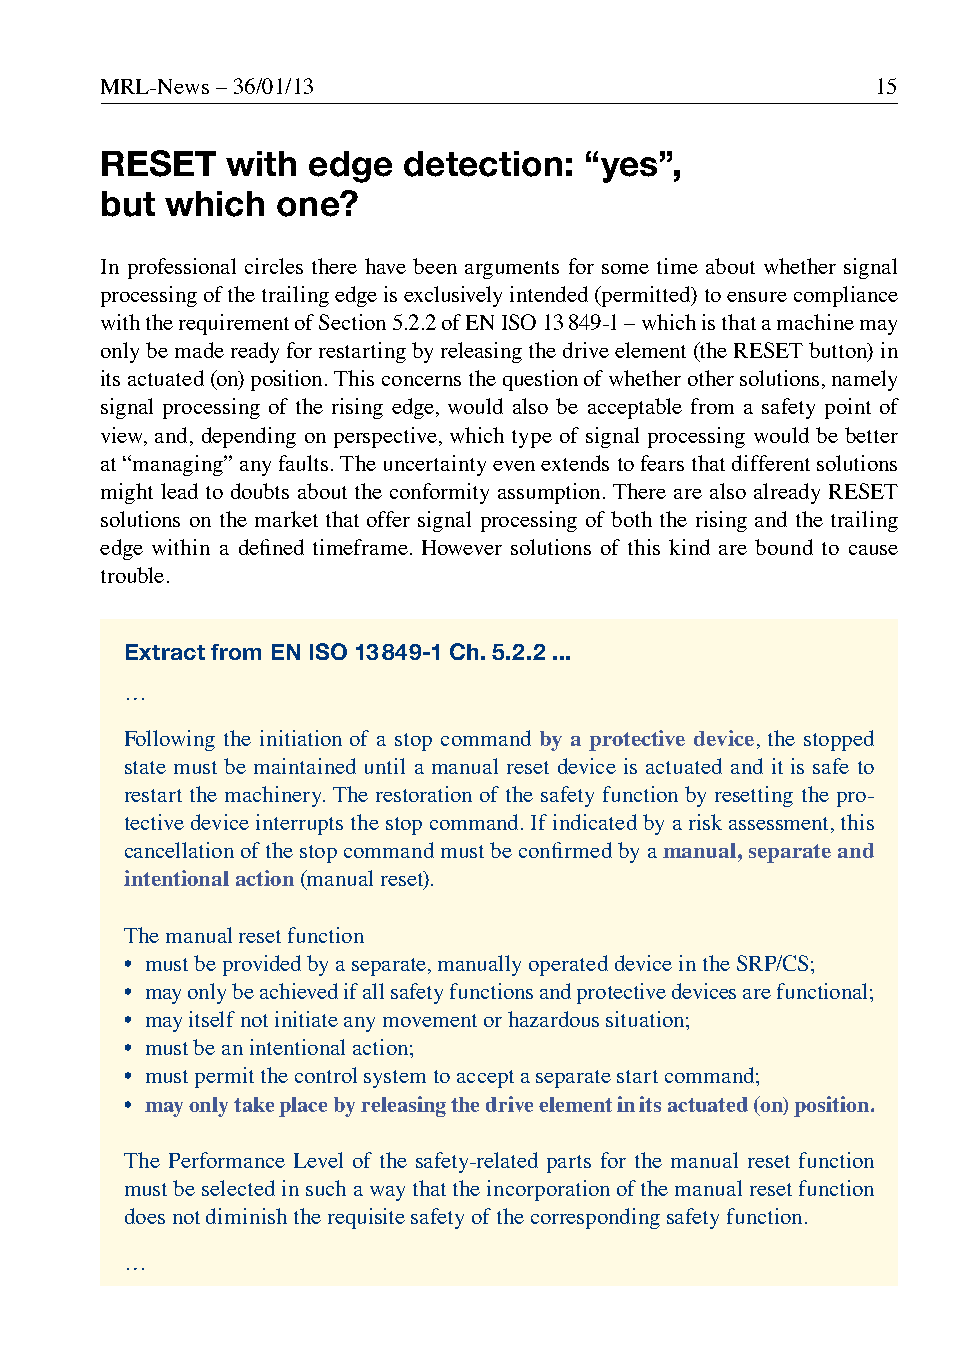
MRL-News – 36/01/13                                15
 RESET   with edge   detection:  “yes”,
 but which  one?
 In professional circles there have been arguments for some time about whether signal
 processing of the trailing edge is exclusively intended (permitted) to ensure compliance
 with the requirement of Section 5.2.2 of EN ISO 13 849-1 – which is that a machine may
 only be made ready for restarting by releasing the drive element (the RESET button) in
 its actuated (on) position. This concerns the question of whether other solutions, namely
 signal processing of the rising edge, would also be acceptable from a safety point of
 view, and, depending on perspective, which type of signal processing would be better
 at “managing” any faults. The uncertainty even extends to fears that different solutions
 might lead to doubts about the conformity assumption. There are also already RESET
 solutions on the market that offer signal processing of both the rising and the trailing
 edge within a defined timeframe. However solutions of this kind are bound to cause
 trouble.
 Extract from EN ISO 13 849-1 Ch. 5.2.2 ...
 …
 Following the initiation of a stop command by a protective device, the stopped
 state must be maintained until a manual reset device is actuated and it is safe to
 restart the machinery. The restoration of the safety function by resetting the pro-
 tective device interrupts the stop command. If indicated by a risk assessment, this
 cancellation of the stop command must be confirmed by a manual, separate and
 intentional action (manual reset).
 The manual reset function
 • must be provided by a separate, manually operated device in the SRP/CS;
 • may only be achieved if all safety functions and protective devices are functional;
 • may itself not initiate any movement or hazardous situation;
 • must be an intentional action;
 • must permit the control system to accept a separate start command;
 • may only take place by releasing the drive element in its actuated (on) position.
 The Performance Level of the safety-related parts for the manual reset function
 must be selected in such a way that the incorporation of the manual reset function
 does not diminish the requisite safety of the corresponding safety function.
 …